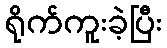
ရိုက်ကူးခဲ့ပြီး